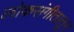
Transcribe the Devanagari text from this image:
लोकसंगीतातून